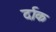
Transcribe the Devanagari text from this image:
र्दाक